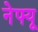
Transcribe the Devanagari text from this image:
नेफ्यू